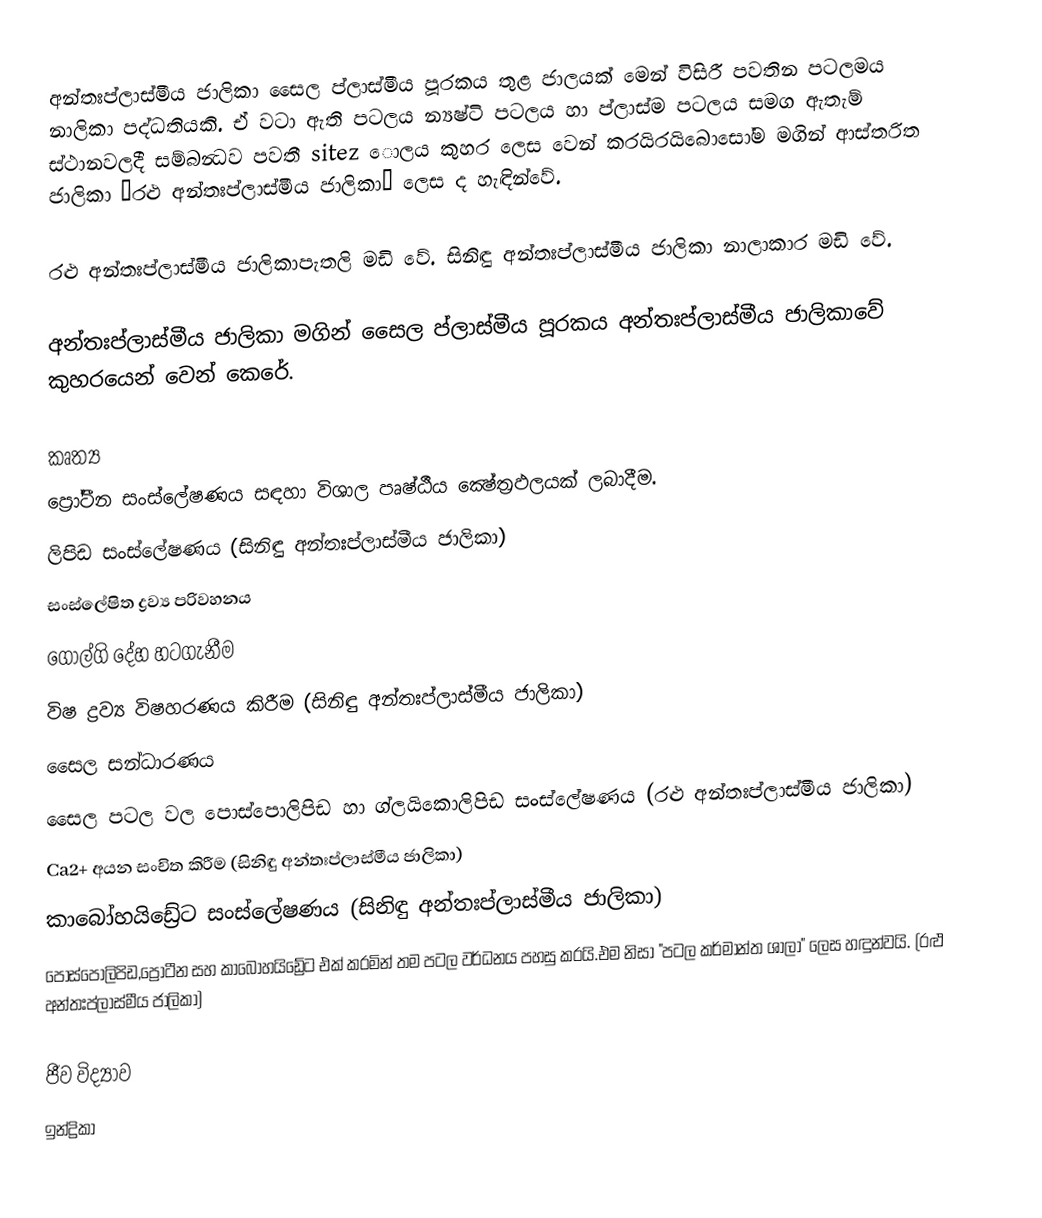
අන්තඃප්ලාස්මීය ජාලිකා සෛල ප්ලාස්මීය පූරකය තුළ ජාලයක් මෙන් විසිරී පවතින පටලමය නාලිකා පද්ධතියකි. ඒ වටා ඇති පටලය න්‍යෂ්ටි පටලය හා ප්ලාස්ම පටලය සමග ඇතැම් ස්ථානවලදී සම්බන්‍ධව පවතී sitez ොලය කුහර ලෙස වෙන් කරයිරයිබොසෝම මගින් ආස්තරිත ජාලිකා “රළු අන්තඃප්ලාස්මීය ජාලිකා“ ලෙස ද හැඳින්වේ.

රළු අන්තඃප්ලාස්මීය ජාලිකාපැතලි මඩි වේ. සිනිඳු අන්තඃප්ලාස්මීය ජාලිකා නාලාකාර මඩි වේ.

අන්තඃප්ලාස්මීය ජාලිකා මගින් සෛල ප්ලාස්මීය පූරකය අන්තඃප්ලාස්මීය ජාලිකාවේ කුහරයෙන් වෙන් කෙරේ.

කෘත්‍ය
 ප්‍රෝටීන සංස්ලේෂණය සඳහා විශාල පෘෂ්ඨීය ක්‍ෂේත්‍රඵලයක් ලබාදීම.
 ලිපිඩ සංස්ලේෂණය (සිනිඳු අන්තඃප්ලාස්මීය ජාලිකා)
 සංස්ලේෂිත ද්‍රව්‍ය පරිවහනය
 ගොල්ගි දේහ හටගැනීම
 විෂ ද්‍රව්‍ය විෂහරණය කිරීම (සිනිඳු අන්තඃප්ලාස්මීය ජාලිකා)
 සෛල සන්ධාරණය
 සෛල පටල වල පොස්පොලිපිඩ හා ග්ලයිකොලිපිඩ සංස්ලේෂණය (රළු අන්තඃප්ලාස්මීය ජාලිකා)
 Ca2+ අයන සංචිත කිරීම  (සිනිඳු අන්තඃප්ලාස්මීය ජාලිකා)
 කාබෝහයිඩ්‍රේට සංස්ලේෂණය (සිනිඳු අන්තඃප්ලාස්මීය ජාලිකා)
 පොස්පොලිපිඩ,ප්‍රෝටීන සහ කාබෝහයිඩ්‍රේට එක් කරමින් තම පටල වර්ධනය පහසු කරයි.එම නිසා "පටල කර්මාන්ත ශාලා" ලෙස හඳුන්වයි. (රළු අන්තඃප්ලාස්මීය ජාලිකා)

ජීව විද්‍යාව
ඉන්ද්‍රිකා